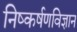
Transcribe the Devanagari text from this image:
निष्कर्षणविज्ञान